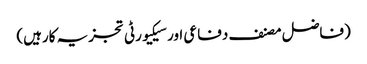
(فاضل مصنف دفاعی اور سیکیورٹی تجزیہ کارہیں)